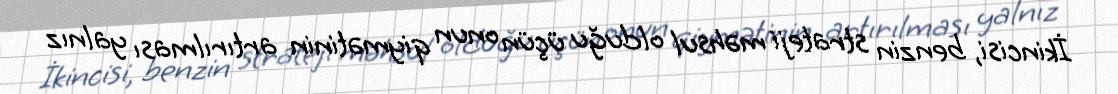
İkincisi, benzin strateji məhsul olduğu üçün onun qiymətinin artırılması yalnız